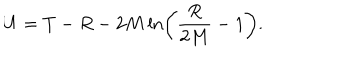
U = T - R - 2 M \ln \left( \frac { R } { 2 M } - 1 \right) .